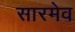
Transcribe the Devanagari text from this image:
सारमेव